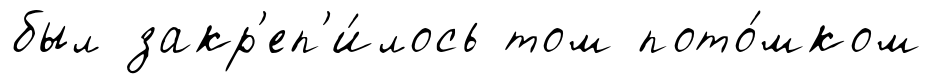
был закр'еп'и́лось том пото́мком